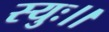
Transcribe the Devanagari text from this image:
स्युः।।